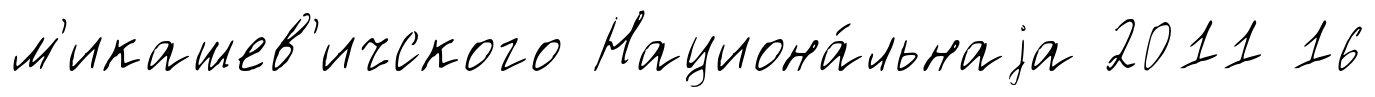
м'икашев'ичского Национа́льнаjа 2011 16